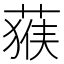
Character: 𱾅